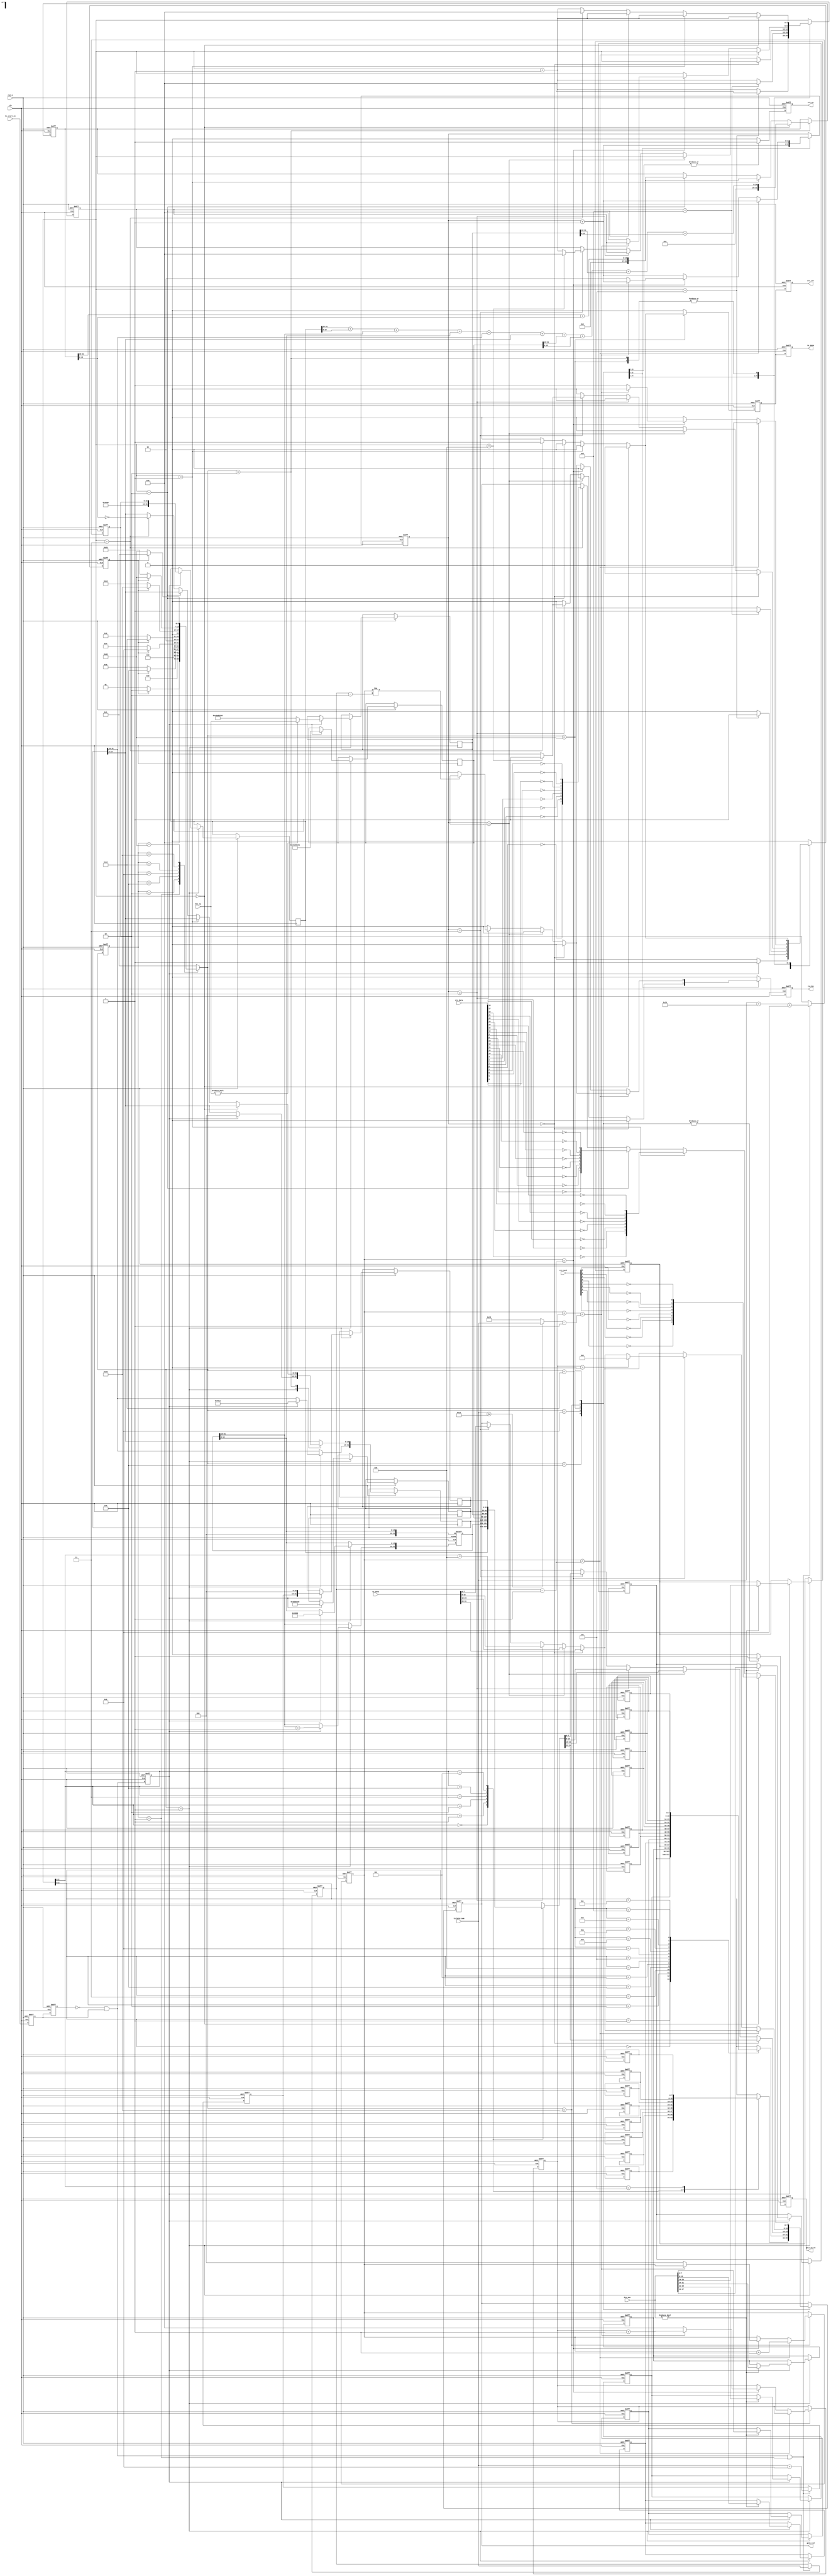
`timescale 1ns / 1ps
//////////////////////////////////////////////////////////////////////////////////
// Company: 
// Engineer: 
// 
// Design Name: 
// Module Name: udp_tx
// Project Name: 
// Target Devices: 
// Tool Versions: 
// Description: 
// 
// Dependencies: 
// 
// Revision:
// Revision 0.01 - File Created
// Additional Comments:
// 
//////////////////////////////////////////////////////////////////////////////////


module udp_tx(
       input                clk        , //
       input                rst_n      , //
       
       input                tx_start_en, //
       input        [31:0]  tx_data    , //  
       input        [15:0]  tx_byte_num, //
       input        [47:0]  des_mac    , //MAC
       input        [31:0]  des_ip     , //IP
       input        [31:0]  crc_data   , //CRC
       input         [7:0]  crc_next   , //CRC
       output  reg          tx_done    , //
       output  reg          tx_req     , //
       output  reg          gmii_tx_en , //GMII
       output  reg  [7:0]   gmii_txd   , //GMII
       output  reg          crc_en     , //CRC
       output  reg          crc_clr      //CRC     
    );
    
//MAC 00-11-22-33-44-55
parameter BOARD_MAC = 48'h00_11_22_33_44_55;
//IP 192.168.1.10
parameter BOARD_IP  = {8'd192,8'd168,8'd1,8'd10}; 
//MAC ff_ff_ff_ff_ff_ff
parameter  DES_MAC   = 48'hff_ff_ff_ff_ff_ff;
//IP 192.168.1.102     
parameter  DES_IP    = {8'd192,8'd168,8'd1,8'd102};  
    
localparam  st_idle      = 7'b000_0001; //
localparam  st_check_sum = 7'b000_0010; //IP
localparam  st_preamble  = 7'b000_0100; //+
localparam  st_eth_head  = 7'b000_1000; //
localparam  st_ip_head   = 7'b001_0000; //IP+UDP
localparam  st_tx_data   = 7'b010_0000; //
localparam  st_crc       = 7'b100_0000; //CRC

localparam  ETH_TYPE     = 16'h0800   ; // IP
//46IP20+UDP8
//46-20-8=18
localparam  MIN_DATA_NUM = 16'd18     ;  
localparam  UDP_TYPE    = 8'd17       ; //UDP      
  
//reg define
reg  [6:0]   cur_state      ;
reg  [6:0]   next_state     ;
                            
reg  [7:0]   preamble[7:0]  ; //
reg  [7:0]   eth_head[13:0] ; //
reg  [31:0]  ip_head[6:0]   ; //IP + UDP  
    
reg          start_en_d0    ;
reg          start_en_d1    ;   
reg  [15:0]  tx_data_num    ; //
reg  [15:0]  total_num      ; //
reg          trig_tx_en     ;
reg  [15:0]  udp_num        ; //UDP
reg          skip_en        ; //
reg  [4:0]   cnt            ;
reg  [31:0]  check_buffer   ; //
reg  [1:0]   tx_byte_sel    ; //328
reg  [15:0]  data_cnt       ; //
reg          tx_done_t      ;
reg  [4:0]   real_add_cnt   ; //

wire         pos_start_en    ;//
wire [15:0]  real_tx_data_num;//() 
//*****************************************************
//**                    main code
//*****************************************************    
assign  pos_start_en = (~start_en_d1) & start_en_d0;
assign   real_tx_data_num = (tx_byte_num >= MIN_DATA_NUM)?tx_byte_num : MIN_DATA_NUM;                            

always @(posedge clk or negedge rst_n) begin
    if(!rst_n) begin
        start_en_d0 <= 1'b0;
        start_en_d1 <= 1'b0;
    end    
    else begin
        start_en_d0 <= tx_start_en;
        start_en_d1 <= start_en_d0;
    end
end 
 
 //
always @(posedge clk or negedge rst_n) begin
    if(!rst_n) begin
        tx_data_num <= 16'd0;
        total_num <= 16'd0;
        udp_num <= 16'd0;
    end
    else begin
        if(pos_start_en && cur_state==st_idle) begin
            //
            tx_data_num <= tx_byte_num;     
            //UDPUDP +             
            udp_num <= tx_byte_num + 16'd8;               
            //IPIP + UDP +              
            total_num <= tx_byte_num + 16'd20 + 16'd8;  
        end    
    end
end

//
always @(posedge clk or negedge rst_n) begin
    if(!rst_n) 
        trig_tx_en <= 1'b0;
    else
        trig_tx_en <= pos_start_en;

end
   
//()
always @(posedge clk or negedge rst_n) begin
    if(!rst_n)
        cur_state <= st_idle;  
    else
        cur_state <= next_state;
end    
    
 always @(*) begin
    next_state = st_idle;
    case(cur_state)
        st_idle     : begin                               //
            if(skip_en)                
                next_state = st_check_sum;
            else
                next_state = st_idle;
        end  
        st_check_sum: begin                               //IP
            if(skip_en)
                next_state = st_preamble;
            else
                next_state = st_check_sum;    
        end                             
        st_preamble : begin                               //+
            if(skip_en)
                next_state = st_eth_head;
            else
                next_state = st_preamble;      
        end
        st_eth_head : begin                               //
            if(skip_en)
                next_state = st_ip_head;
            else
                next_state = st_eth_head;      
        end              
        st_ip_head : begin                                //IP+UDP               
            if(skip_en)
                next_state = st_tx_data;
            else
                next_state = st_ip_head;      
        end
        st_tx_data : begin                                //                  
            if(skip_en)
                next_state = st_crc;
            else
                next_state = st_tx_data;      
        end
        st_crc: begin                                     //CRC
            if(skip_en)
                next_state = st_idle;
            else
                next_state = st_crc;      
        end
        default : next_state = st_idle;   
    endcase
end                      
 
 always @(posedge clk or negedge rst_n) begin
    if(!rst_n) begin
        skip_en <= 1'b0; 
        cnt <= 6'd0;
        check_buffer <= 32'd0;
        ip_head[1][31:16] <= 16'd0; //0
        tx_byte_sel <= 2'b0;
        crc_en <= 1'b0;
        gmii_tx_en <= 1'b0;
        gmii_txd <= 8'd0;
        tx_req <= 1'b0;
        tx_done_t <= 1'b0;
        real_add_cnt <= 5'd0;
          data_cnt <= 16'd0;
        //    
        // 78'h55 + 18'hd5 
        preamble[0] <= 8'h55;                
        preamble[1] <= 8'h55;
        preamble[2] <= 8'h55;
        preamble[3] <= 8'h55;
        preamble[4] <= 8'h55;
        preamble[5] <= 8'h55;
        preamble[6] <= 8'h55;
        preamble[7] <= 8'hd5;
        // 
        eth_head[0] <= DES_MAC[47:40];      //MAC
        eth_head[1] <= DES_MAC[39:32];
        eth_head[2] <= DES_MAC[31:24];
        eth_head[3] <= DES_MAC[23:16];
        eth_head[4] <= DES_MAC[15:8];
        eth_head[5] <= DES_MAC[7:0];        
        eth_head[6] <= BOARD_MAC[47:40];    //MAC
        eth_head[7] <= BOARD_MAC[39:32];    
        eth_head[8] <= BOARD_MAC[31:24];    
        eth_head[9] <= BOARD_MAC[23:16];    
        eth_head[10] <= BOARD_MAC[15:8];    
        eth_head[11] <= BOARD_MAC[7:0];     
        eth_head[12] <= ETH_TYPE[15:8];     //
        eth_head[13] <= ETH_TYPE[7:0];             
    end
    else begin
        skip_en <= 1'b0;
        tx_req <= 0;
        crc_en <= 1'b0;
        gmii_tx_en <= 1'b0;
        tx_done_t <= 1'b0;
        case(next_state)
            st_idle : begin
                if(trig_tx_en) begin
                    skip_en <= 1'b1;  
                    //4 5(:32bit,20byte/4=5)
                    ip_head[0] <= {8'h45,8'h00,total_num};
                    //161      
                    ip_head[1][31:16] <= ip_head[1][31:16] + 1'b1; 
                     //bit[15:13]: 010
                    ip_head[1][15:0] <= 16'h4000;
                     //17(udp)                  
                    ip_head[2] <= {8'h40,UDP_TYPE,16'h0};     //d64=h40,udp,
                     //IP               
                    ip_head[3] <= BOARD_IP;
                     //IP 
                    if(des_ip != 0)
                             ip_head[4] <= des_ip;
                    else 
                             ip_head[4] <= DES_IP;
                    //161234  161234                      
                    ip_head[5] <= {16'd1234,16'd1234};  
                    //16udp16udp              
                    ip_head[6] <= {udp_num,16'h0000};           
                     if((des_mac != 48'b0)) begin
                        eth_head[0] <= des_mac[47:40];
                        eth_head[1] <= des_mac[39:32];
                        eth_head[2] <= des_mac[31:24];
                        eth_head[3] <= des_mac[23:16];
                        eth_head[4] <= des_mac[15:8];
                        eth_head[5] <= des_mac[7:0];  
                    end                          
                end    
            end       
            
             st_check_sum: begin                               //IP
                  cnt <= cnt + 1'b1;
                  if(cnt == 5'd0) begin                   
                    check_buffer <= ip_head[0][31:16] + ip_head[0][15:0]
                                    + ip_head[1][31:16] + ip_head[1][15:0]
                                    + ip_head[2][31:16] + ip_head[2][15:0]
                                    + ip_head[3][31:16] + ip_head[3][15:0]
                                    + ip_head[4][31:16] + ip_head[4][15:0];
                end
                else if(cnt == 5'd1)                      //,
                    check_buffer <= check_buffer[31:16] + check_buffer[15:0];
                else if(cnt == 5'd2) begin                //,
                    check_buffer <= check_buffer[31:16] + check_buffer[15:0];
                end                             
                else if(cnt == 5'd3) begin                // 
                    skip_en <= 1'b1;
                    cnt <= 5'd0;            
                    ip_head[2][15:0] <= ~check_buffer[15:0];
                end    
            end 
                                                                    
            st_preamble : begin                          //+
                gmii_tx_en <= 1'b1;
                gmii_txd <= preamble[cnt];
                if(cnt == 6'd7) begin                        
                    skip_en <= 1'b1;
                    cnt <= 1'b0;    
                end
                else    
                    cnt <= cnt + 1'b1;                     
            end
            
            st_eth_head : begin                          //
                gmii_tx_en <= 1'b1;
                crc_en <= 1'b1;
                gmii_txd <= eth_head[cnt];
                if (cnt == 6'd13) begin
                    skip_en <= 1'b1;
                    cnt <= 1'b0;
                end    
                else    
                    cnt <= cnt + 1'b1;    
            end                    
            
             st_ip_head  : begin                           //IP + UDP
                crc_en <= 1'b1;
                gmii_tx_en <= 1'b1;
                tx_byte_sel <= tx_byte_sel + 2'd1;
                if(tx_byte_sel == 2'd0)
                    gmii_txd <= ip_head[cnt][31:24];
                else if(tx_byte_sel == 2'd1)
                    gmii_txd <= ip_head[cnt][23:16];
                else if(tx_byte_sel == 2'd2) begin
                    gmii_txd <= ip_head[cnt][15:8];
                    if(cnt == 5'd6) begin
                        //
                        tx_req <= 1'b1;                     
                    end
                end  
                 else if(tx_byte_sel == 2'd3) begin
                    gmii_txd <= ip_head[cnt][7:0];
                    if(cnt == 5'd6) begin
                            skip_en <= 1'b1;
                            cnt <= 1'b0;                 
                    end
                    else 
                            cnt <= cnt + 1'b1;      
                end                       
            end
            
            st_tx_data : begin                                //                  
                crc_en <= 1'b1;
                gmii_tx_en <= 1'b1;
                tx_byte_sel <= tx_byte_sel + 2'd1;
                if(tx_byte_sel == 1'b0)
                    gmii_txd <= tx_data[31:24];
                else if(tx_byte_sel == 2'd1)
                    gmii_txd <= tx_data[23:16];    
                else if(tx_byte_sel == 2'd2) begin
                    gmii_txd <= tx_data[15:8];   
                    if(data_cnt != tx_data_num - 16'd2)
                        tx_req <= 1'b1;  
                end
                else if(tx_byte_sel == 2'd3)
                    gmii_txd <= tx_data[7:0];    
               
               if(data_cnt < tx_data_num - 16'd1)begin
                      data_cnt <= data_cnt + 16'd1;             
              end       
               else if(data_cnt == tx_data_num - 16'd1)begin
                       tx_req <= 1'b0; 
                       if(data_cnt + real_add_cnt < real_tx_data_num - 16'd1)
                         real_add_cnt <= real_add_cnt + 5'd1;   
                       else begin
                             skip_en <= 1'b1;
                             real_add_cnt <= 0;
                             data_cnt <= 0; 
                             tx_byte_sel <= 0;
                             cnt <= 0;
                       end   
                       
                       if(real_add_cnt > 0)
                            gmii_txd <= 8'd0;           
              end     
         end         
            
                  
            st_crc      : begin
                 crc_en <= 1'b0;                          //CRC
                gmii_tx_en <= 1'b1;
                cnt <= cnt + 1'b1;
                if(cnt == 6'd0)
                    gmii_txd <= {~crc_next[0], ~crc_next[1], ~crc_next[2],~crc_next[3],
                                 ~crc_next[4], ~crc_next[5], ~crc_next[6],~crc_next[7]};
                else if(cnt == 6'd1)
                    gmii_txd <= {~crc_data[16], ~crc_data[17], ~crc_data[18],
                                 ~crc_data[19], ~crc_data[20], ~crc_data[21], 
                                 ~crc_data[22],~crc_data[23]};
                else if(cnt == 6'd2) begin
                    gmii_txd <= {~crc_data[8], ~crc_data[9], ~crc_data[10],
                                 ~crc_data[11],~crc_data[12], ~crc_data[13], 
                                 ~crc_data[14],~crc_data[15]};                              
                end
                else if(cnt == 6'd3) begin
                    gmii_txd <= {~crc_data[0], ~crc_data[1], ~crc_data[2],~crc_data[3],
                                 ~crc_data[4], ~crc_data[5], ~crc_data[6],~crc_data[7]};  
                    tx_done_t <= 1'b1;
                    skip_en <= 1'b1;
                    cnt <= 1'b0;
                end                                                                                                                                            
            end                          
            default :;  
        endcase                                             
    end
end
 
 //crc
always @(posedge clk or negedge rst_n) begin
    if(!rst_n) begin
        tx_done <= 1'b0;
        crc_clr <= 1'b0;
    end
    else begin
        tx_done <= tx_done_t;
        crc_clr <= tx_done_t;
    end
end
   
endmodule